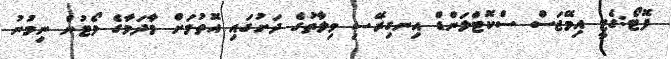
ފޮޓޯ:ގެޓީ އިމޭޖަސް ސްކޮޓްލަންޑް އިނގިރޭސި ވިލާތުގެ ދަށުގައި އޮތުމަށް މާދަމާގެ ވޯޓުން ނިމުނު